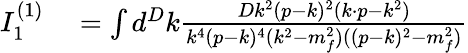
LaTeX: \begin{array}{rl}{I_{1}^{(1)}}&{{}=\int d^{D}k\frac{Dk^{2}(p-k)^{2}(k\cdot p-k^{2})}{k^{4}(p-k)^{4}(k^{2}-m_{f}^{2})((p-k)^{2}-m_{f}^{2})}}\end{array}